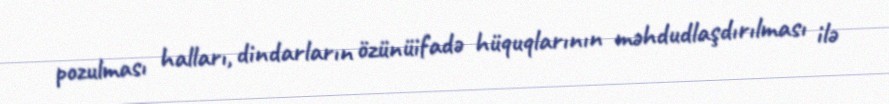
pozulması halları, dindarların özünüifadə hüquqlarının məhdudlaşdırılması ilə